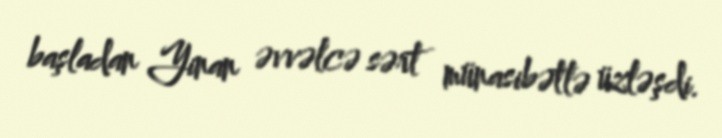
başladan Yinan əvvəlcə sərt münasibətlə üzləşdi.